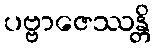
ပဗ္ဗာဇေဿန္တိ